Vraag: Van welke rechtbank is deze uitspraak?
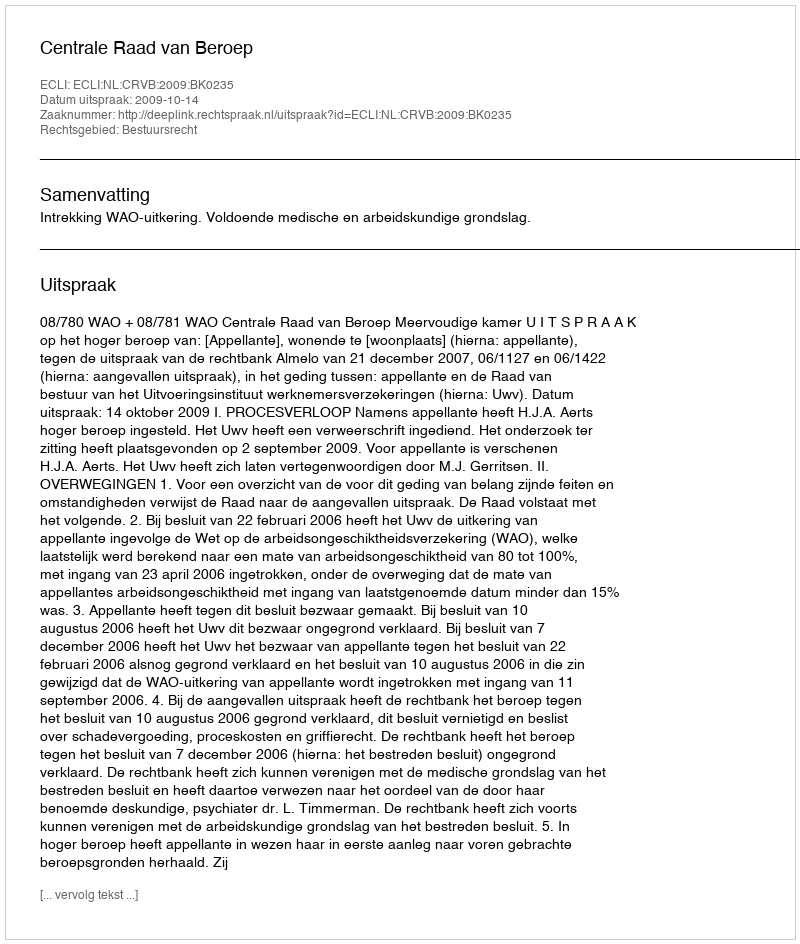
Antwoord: Centrale Raad van Beroep